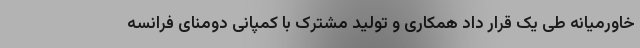
خاورمیانه طی یک قرار داد همکاری و تولید مشترک با کمپانی دومنای فرانسه